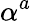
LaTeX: \alpha^{a}